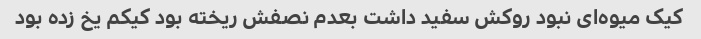
کیک میوه‌ای نبود روکش سفید داشت بعدم نصفش ریخته بود کیکم یخ زده بود